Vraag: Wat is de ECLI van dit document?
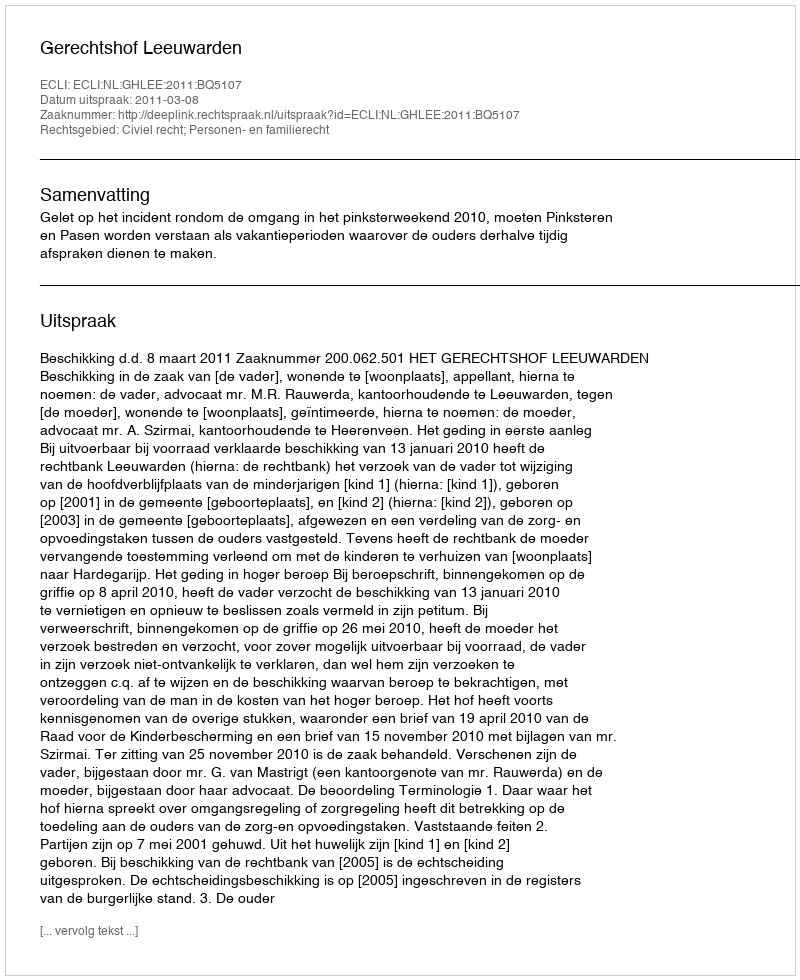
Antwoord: ECLI:NL:GHLEE:2011:BQ5107